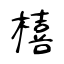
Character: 橲